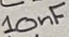
Text: 10nF